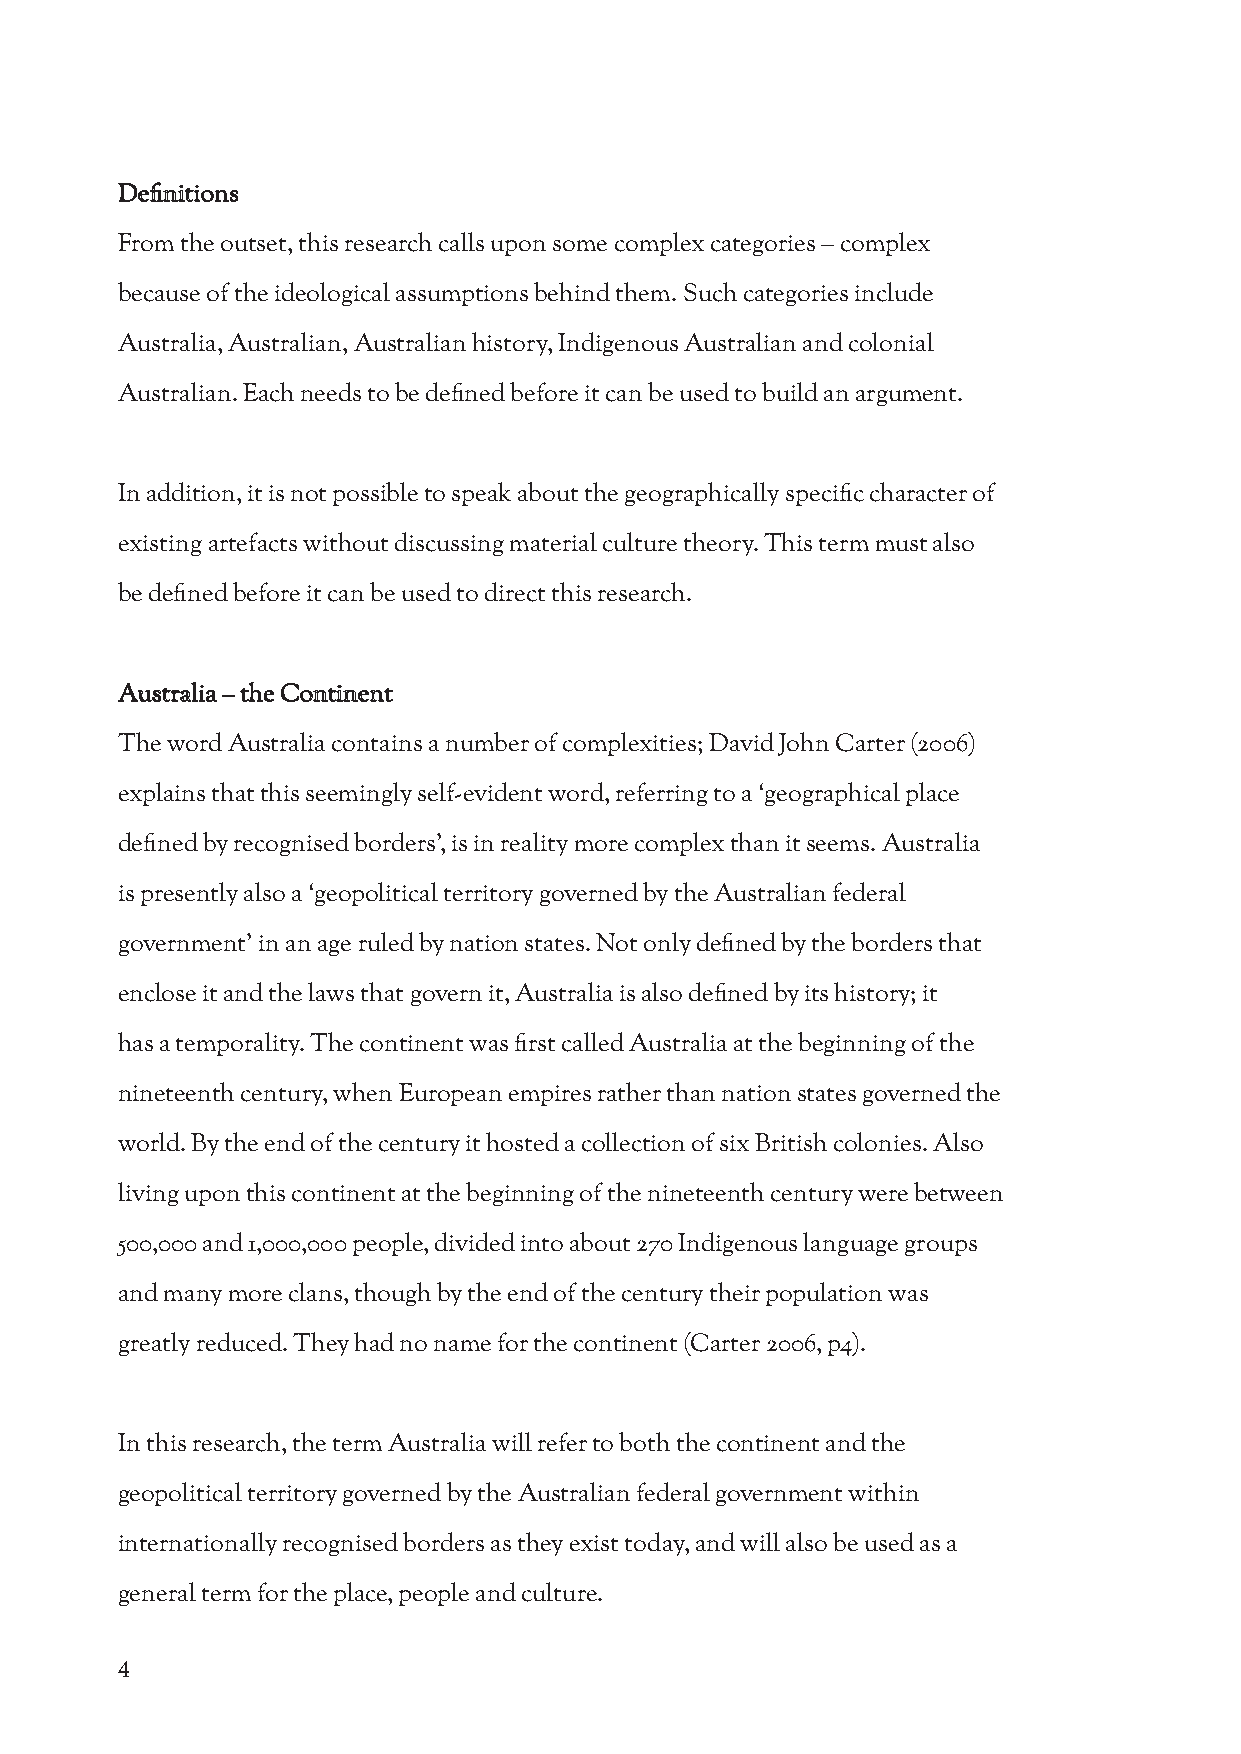
Definitions
 From the outset, this research calls upon some complex categories – complex
 because of the ideological assumptions behind them. Such categories include
 Australia, Australian, Australian history, Indigenous Australian and colonial
 Australian. Each needs to be defined before it can be used to build an argument.
 In addition, it is not possible to speak about the geographically specific character of
 existing artefacts without discussing material culture theory. This term must also
 be defined before it can be used to direct this research.
 Australia – the Continent
 The word Australia contains a number of complexities; David John Carter (2006)
 explains that this seemingly self-evident word, referring to a ‘geographical place
 defined by recognised borders’, is in reality more complex than it seems. Australia
 is presently also a ‘geopolitical territory governed by the Australian federal
 government’ in an age ruled by nation states. Not only defined by the borders that
 enclose it and the laws that govern it, Australia is also defined by its history; it
 has a temporality. The continent was first called Australia at the beginning of the
 nineteenth century, when European empires rather than nation states governed the
 world. By the end of the century it hosted a collection of six British colonies. Also
 living upon this continent at the beginning of the nineteenth century were between
 500,000 and 1,000,000 people, divided into about 270 Indigenous language groups
 and many more clans, though by the end of the century their population was
 greatly reduced. They had no name for the continent (Carter 2006, p4).
 In this research, the term Australia will refer to both the continent and the
 geopolitical territory governed by the Australian federal government within
 internationally recognised borders as they exist today, and will also be used as a
 general term for the place, people and culture.
 4